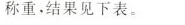
称重，结果见下表。